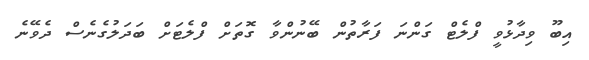
އިބޫ ވިދާޅުވީ ފްލެޓް ގަންނަ ފަރާތުން ބޭނުންވާ ގޮތަށް ފްލެޓަށް ބަދަލުގެނެސް ދެވޭނެ